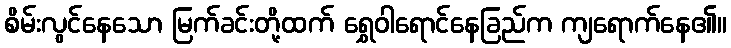
စိမ်းလွင်နေသော မြက်ခင်းတို့ထက် ရွှေဝါရောင်နေခြည်က ကျရောက်နေ၏။